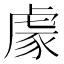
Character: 豦